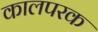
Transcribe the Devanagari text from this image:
कालपरक